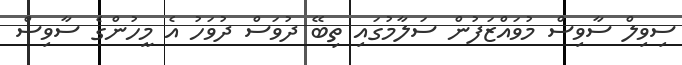
ސިވިލް ސާވިސް މުވައްޒަފުން ސަލާމުގައި ތިބޭ ދުވަސް ދުވަހު އެ މީހުންގެ ސާވިސް